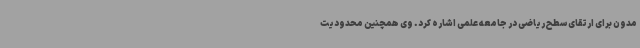
مدون برای ارتقای سطح ریاضی در جامعه علمی اشاره کرد. وی همچنین محدودیت